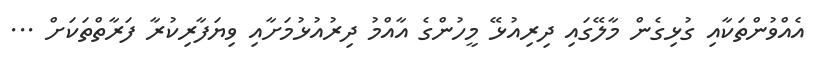
އެއްވުންތަކާއި ގުޅިގެން މާލޭގައި ދިރިއުޅޭ މީހުންގެ އާއްމު ދިރުއުޅުމަށާއި ވިޔަފާރިކުރާ ފަރާތްތަކަށް ...